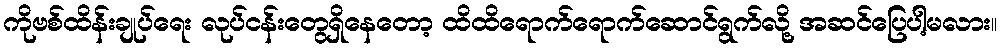
ကိုဗစ်ထိန်းချုပ်ရေး လုပ်ငန်းတွေရှိနေတော့ ထိထိရောက်ရောက်ဆောင်ရွက်လို့ အဆင်ပြေပါ့မလား။